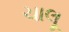
ચાલૂ